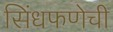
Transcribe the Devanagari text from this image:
सिंधफणेची